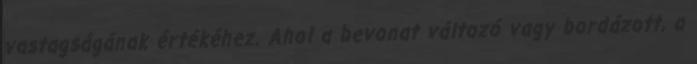
vastagságának értékéhez. Ahol a bevonat változó vagy bordázott, a